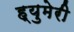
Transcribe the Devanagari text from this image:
ह्युमेरी